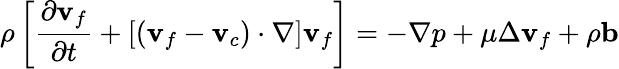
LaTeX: \rho\left[\frac{\partial\mathbf{v}_{f}}{\partial t}+\left[(\mathbf{v}_{f}-\mathbf{v}_{c})\cdot\nabla\right]\mathbf{v}_{f}\right]=-\nabla p+\mu\Delta\mathbf{v}_{f}+\rho\mathbf{b}